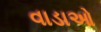
વાડાઓ